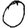
Digit: 0